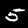
Digit: 5